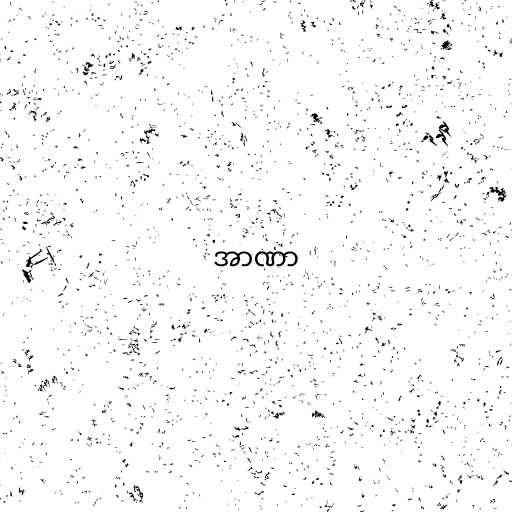
အာဏာ